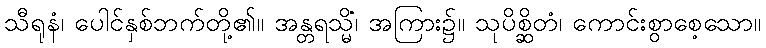
သီရုနံ၊ ပေါင်နှစ်ဘက်တို့၏။ အန္တရသ္မိံ၊ အကြား၌။ သုပိစ္ဆိတံ၊ ကောင်းစွာစေ့သော။